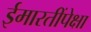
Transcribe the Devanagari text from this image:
ईमारतींपेक्षा